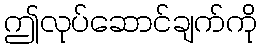
ဤလုပ်ဆောင်ချက်ကို